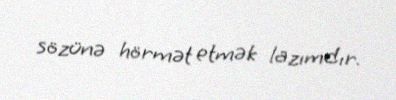
sözünə hörmət etmək lazımdır.